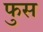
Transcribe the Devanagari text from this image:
फुस